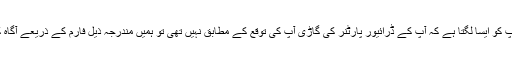
اگر آپ کو ایسا لگتا ہے کہ آپ کے ڈرائیور پارٹنر کی گاڑی آپ کی توقع کے مطابق نہیں تھی تو ہمیں مندرجہ ذیل فارم کے ذریعے آگاہ کریں۔